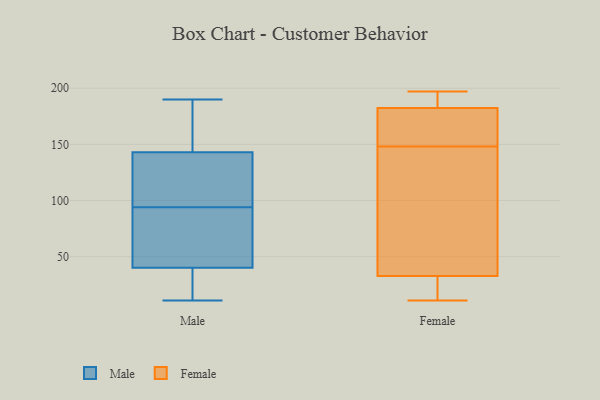
{"axis": {"x": "Operating Costs (USD K)", "y": "Value"}, "legend": ["Female", "Male"], "data": [{"x": "", "y": 72, "type": "Male"}, {"x": "", "y": 105, "type": "Male"}, {"x": "", "y": 190, "type": "Male"}, {"x": "", "y": 83, "type": "Male"}, {"x": "", "y": 30, "type": "Male"}, {"x": "", "y": 187, "type": "Male"}, {"x": "", "y": 18, "type": "Male"}, {"x": "", "y": 43, "type": "Male"}, {"x": "", "y": 163, "type": "Male"}, {"x": "", "y": 142, "type": "Male"}, {"x": "", "y": 40, "type": "Male"}, {"x": "", "y": 11, "type": "Male"}, {"x": "", "y": 110, "type": "Male"}, {"x": "", "y": 143, "type": "Male"}, {"x": "", "y": 183, "type": "Female"}, {"x": "", "y": 148, "type": "Female"}, {"x": "", "y": 181, "type": "Female"}, {"x": "", "y": 160, "type": "Female"}, {"x": "", "y": 18, "type": "Female"}, {"x": "", "y": 197, "type": "Female"}, {"x": "", "y": 30, "type": "Female"}, {"x": "", "y": 169, "type": "Female"}, {"x": "", "y": 195, "type": "Female"}, {"x": "", "y": 13, "type": "Female"}, {"x": "", "y": 106, "type": "Female"}, {"x": "", "y": 126, "type": "Female"}, {"x": "", "y": 41, "type": "Female"}, {"x": "", "y": 11, "type": "Female"}, {"x": "", "y": 188, "type": "Female"}]}